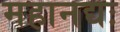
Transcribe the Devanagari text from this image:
महानद्यः